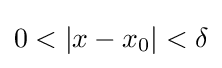
0<|x-x_{0}|<\delta